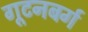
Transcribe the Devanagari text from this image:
गूटनबर्ग